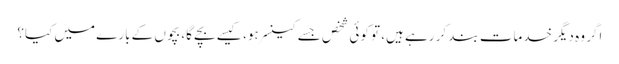
اگر وہ دیگر خدمات بند کر رہے ہیں، تو کوئی شخص جسے کینسر ہو، کیسے بچے گا، بچوں کے بارے میں کیا؟